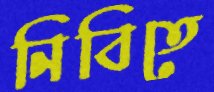
নিবিতে